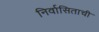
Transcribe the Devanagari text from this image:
निर्वासिताची